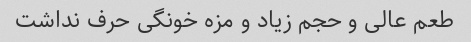
طعم عالی و حجم زیاد و مزه خونگی حرف نداشت